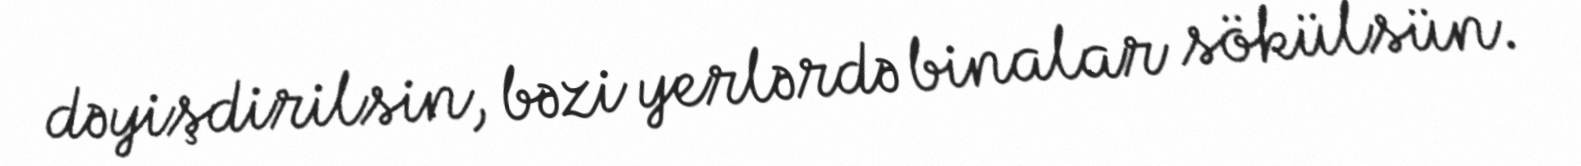
dəyişdirilsin, bəzi yerlərdə binalar sökülsün.